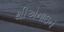
થીએનાઇન